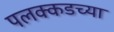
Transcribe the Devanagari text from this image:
पलक्कडच्या